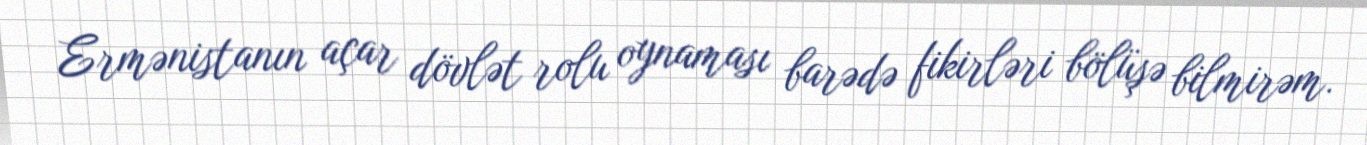
Ermənistanın açar dövlət rolu oynaması barədə fikirləri bölüşə bilmirəm.